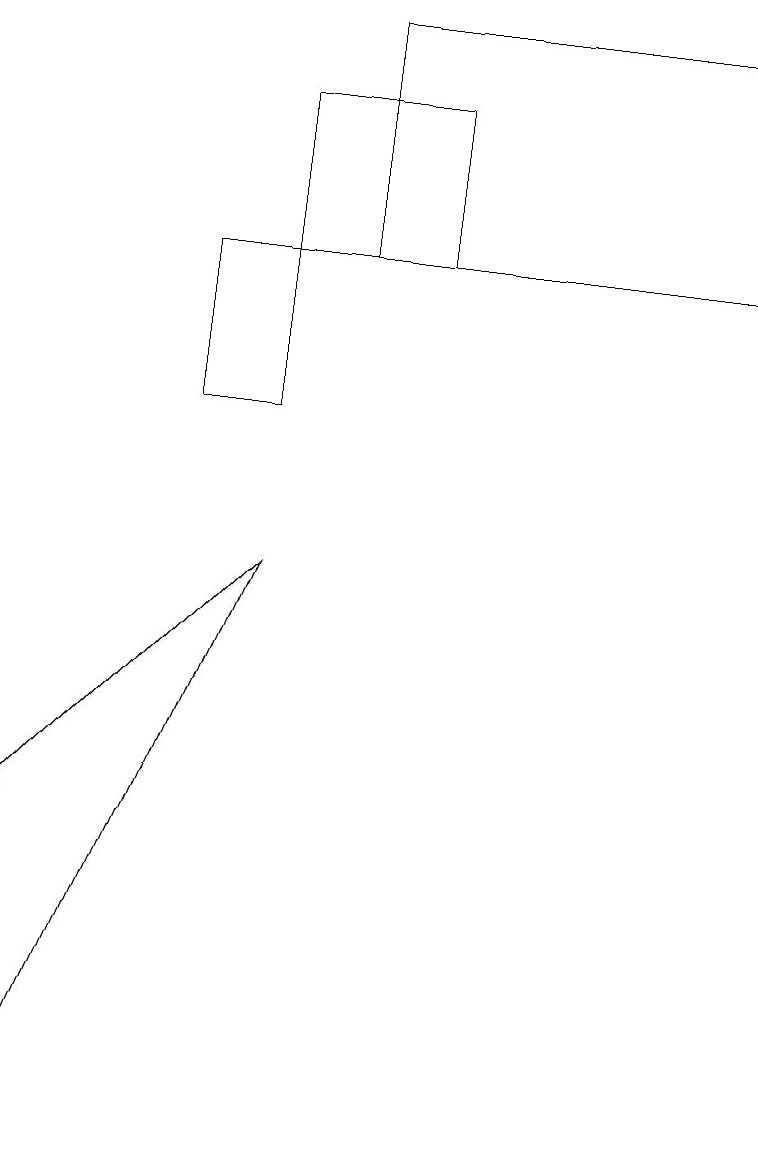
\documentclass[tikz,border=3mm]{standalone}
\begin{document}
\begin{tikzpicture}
\draw (3,14) rectangle (5,12);
\draw (9,12) rectangle (4,15);
\draw (2,12) rectangle (3,10);
\draw (0,1) -- (0,5) -- (3,8) -- cycle;
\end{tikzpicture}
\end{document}